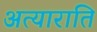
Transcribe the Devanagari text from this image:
अत्याराति